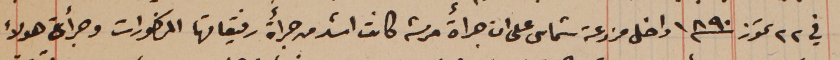
في ٢٢ تموز سنة ١٨٩٠ داخل مزرعة شماس على ان جرأة مرته كانت اشتد من جرأة رفيقاتها المذكورات وجرأة هولاء